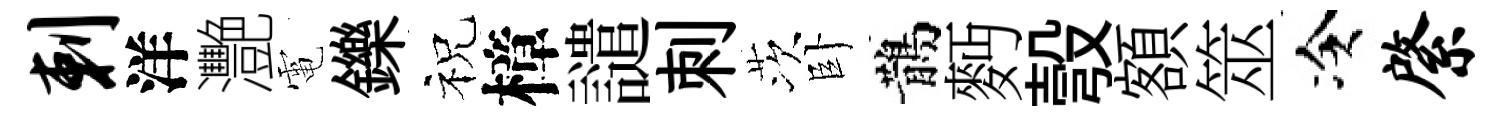
剌洋灧電鑠祝樟譴刺茨卧鵲麪彀額筮冷綮